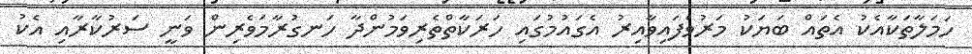
ހަމަލާތަކާއެކު އެތައް ބަޔަކު މަރުވެފައިވާއިރު އެގައުމުގައި ހަރަކާތްތެރިވަމުންދާ ހަނގުރާމަވެރިން ވަނީ ސަރުކާރާއި އެކު